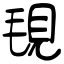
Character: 覒